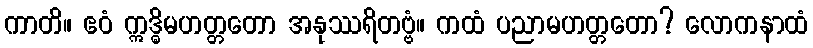
ကာတိ။ ဧဝံ ဣဒ္ဓိမဟတ္တတော အနုဿရိတဗ္ဗံ။ ကထံ ပညာမဟတ္တတော? လောကနာထံ